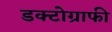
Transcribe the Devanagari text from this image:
डक्टोग्राफी